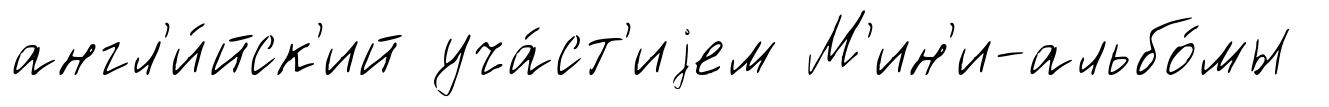
англ'и́йск'ий уча́ст'иjем М'ин'и-альбо́мы